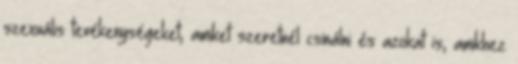
szexuális tevékenységeket, amiket szeretnél csinálni és azokat is, amikhez